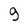
Character: 9